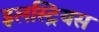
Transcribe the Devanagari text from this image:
इलस्ट्रियस